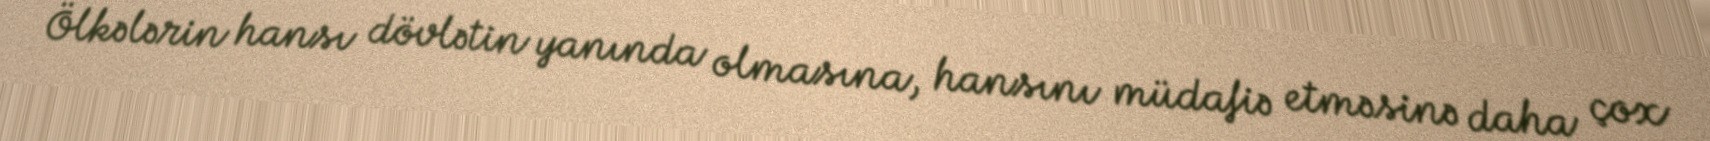
Ölkələrin hansı dövlətin yanında olmasına, hansını müdafiə etməsinə daha çox